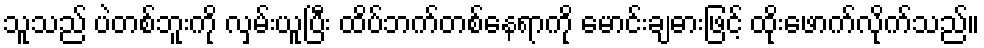
သူသည် ပဲတစ်ဘူးကို လှမ်းယူပြီး ထိပ်ဘက်တစ်နေရာကို မောင်းချဓားဖြင့် ထိုးဖောက်လိုက်သည်။